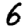
Digit: 6